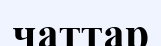
чаттар